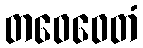
တဝေဝေတံ